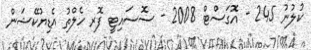
ކުލުނު 245 - އޮގަސްޓް 2008 - ސޮސައިޓީ ފޮރ ހެލްތު އެޑިޔުކޭޝަން